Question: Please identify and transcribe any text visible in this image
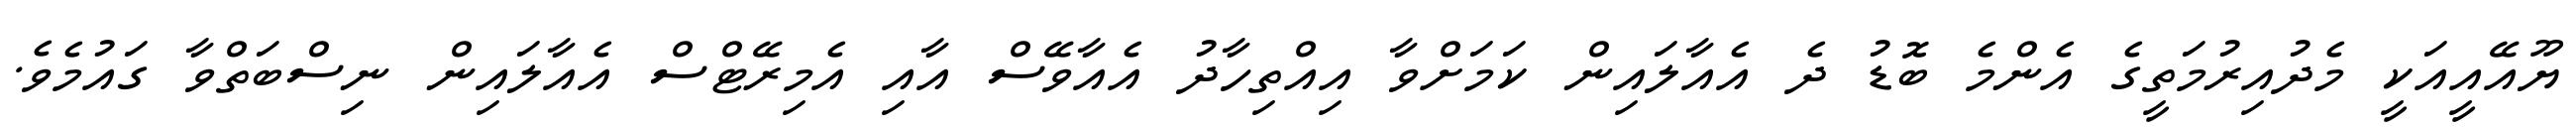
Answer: ޔޫއޭއީއަކީ މެދުއިރުމަތީގެ އެންމެ ބޮޑު ދެ އެއާލައިން ކަމަށްވާ އިއްތިހާދު އެއާވޭސް އާއި އެމިރޭޓްސް އެއާލައިން ނިސްބަތްވާ ގައުމެވެ.